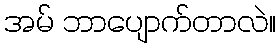
အမ် ဘာပျောက်တာလဲ။